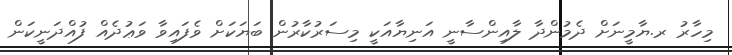
މިހާރު ރ.ޔާމީނަށް ދެމުންދާ ލާއިންސާނީ އަނިޔާއަކީ މިސަރުކާރުން ބަޔަކަށް ވެފައިވާ ވަޢުދެއް ފުއްދަނީކަން